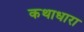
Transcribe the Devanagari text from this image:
कथाधारा